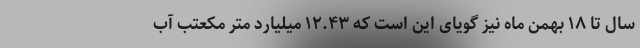
سال تا ۱۸ بهمن ماه نیز گویای این است که ۱۲.۴۳ میلیارد متر مکعتب آب